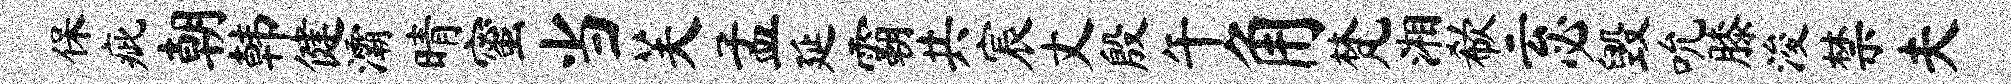
保疵朝韩健灞晴蜜当芙孟延霸共宸丈殷午角梵湘欷云必毁吮膝浚禁夫